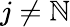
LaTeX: j\neq\mathbb{N}